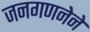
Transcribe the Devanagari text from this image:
जनगणनेने